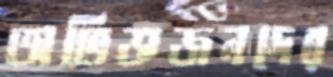
অভিজ্ঞজনদের